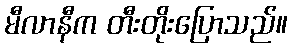
မီလာနီက တီးတိုးပြောသည်။